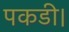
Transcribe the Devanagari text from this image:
पकडी।